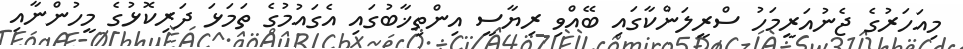
މިއަހަރުގެ ޖެނުއަރީމަހު ސްރީލަންކާގައި ބޭއްވި ރިޔާސީ އިންތިޚާބުގައި އެގައުމުގެ ތަމަޅަ ދަރިކޮޅުގެ މީހުންނާއި